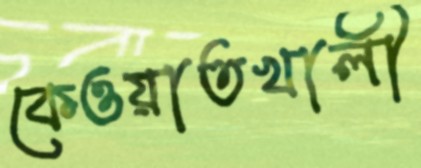
কেওয়াতখালী